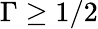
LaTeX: \Gamma\geq 1/2